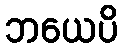
ဘယေပိ